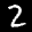
Label: 2